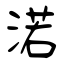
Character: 渃